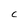
Character: C